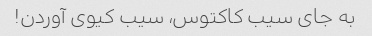
به جای سیب کاکتوس، سیب کیوی آوردن!